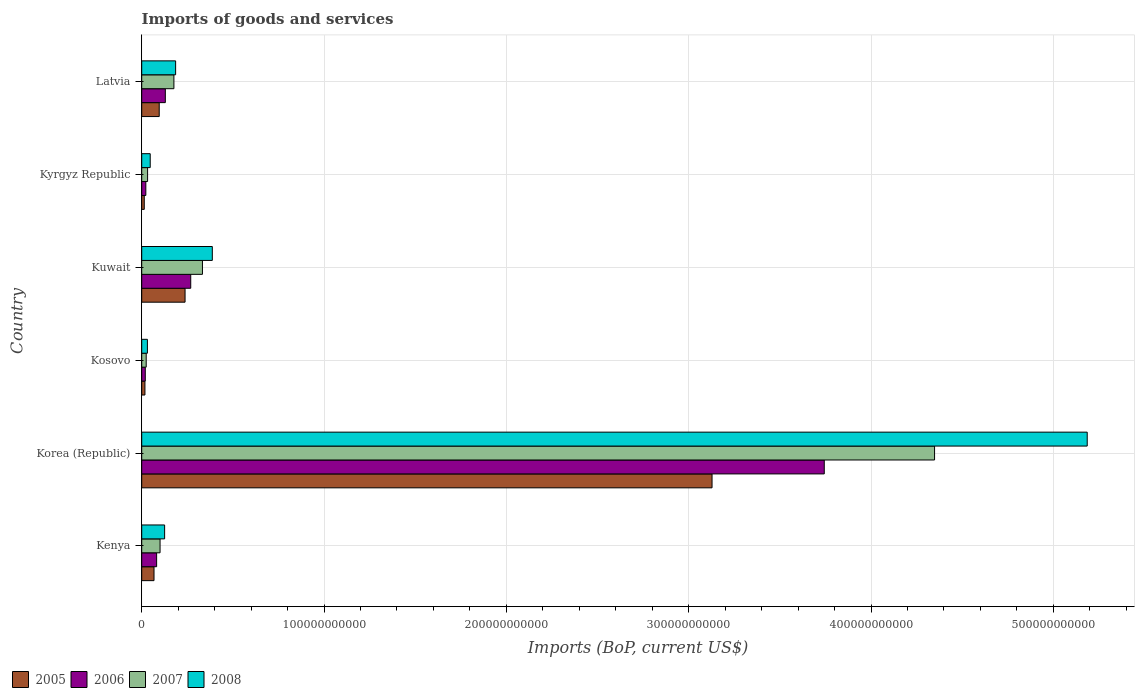
| Country | 2005 | 2006 | 2007 | 2008 |
 | --- | --- | --- | --- | --- |
 | Kenya | 6.74e+09 | 8.17e+09 | 1.01e+10 | 1.26e+10 |
 | Korea (Republic) | 3.13e+11 | 3.74e+11 | 4.35e+11 | 5.19e+11 |
 | Kosovo | 1.76e+09 | 1.95e+09 | 2.46e+09 | 3.12e+09 |
 | Kuwait | 2.38e+10 | 2.69e+10 | 3.33e+10 | 3.87e+10 |
 | Kyrgyz Republic | 1.4e+09 | 2.25e+09 | 3.22e+09 | 4.66e+09 |
 | Latvia | 9.6e+09 | 1.29e+10 | 1.76e+10 | 1.86e+10 |